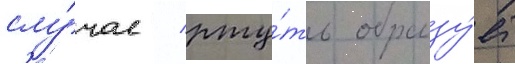
слу́чае / рту́ть образу́ет